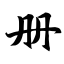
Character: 册